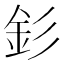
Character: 釤